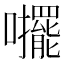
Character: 𱕪